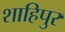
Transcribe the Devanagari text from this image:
शाहिपुर